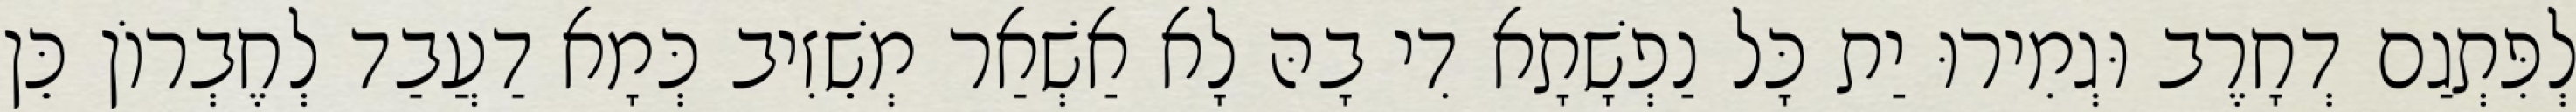
לְפִּתְגַם דְחָרֶב וּגְמִירוּ יַת כָּל נַפְשָׁתָא דִי בָהּ לָא אַשְׁאַר מְשֵׁזִיב כְּמָא דַעֲבַד לְחֶבְרוֹן כֵּן